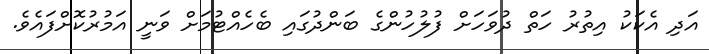
އަދި އެކަކު އިތުރު ހަތް ދުވަހަށް ފުލުހުންގެ ބަންދުގައި ބެހެއްޓުމަށް ވަނީ އަމުރުކޮށްފައެވެ.